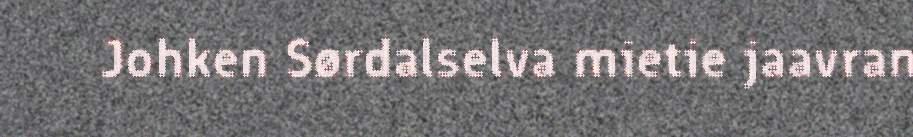
Johken Sørdalselva mietie jaavran